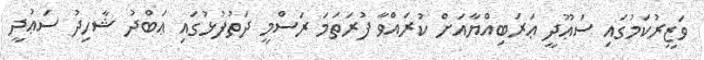
ވަޒީރުކަމުގައި ސަޢޫދީ ޢަރަބިއްޔާއަށް ކުރައްވާ ފުރަތަމަ ރަސްމީ ދަތުފުޅުގައި ޢަބްދު ޝާހިދު ސަޢުދީ